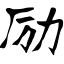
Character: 励